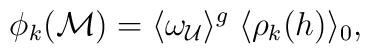
\phi_k({\cal M})=\langle\omega_{\cal U}\rangle^g\;\langle\rho_k(h)\rangle_0{\rm,}